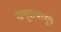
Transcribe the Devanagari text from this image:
समुदायापूर्व